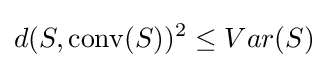
d(S,\operatorname {conv} (S))^{2}\leq Var(S)